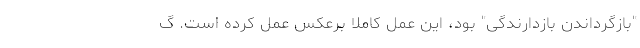
"بازگرداندن بازدارندگی" بود، این عمل کاملاً برعکس عمل کرده است. گ